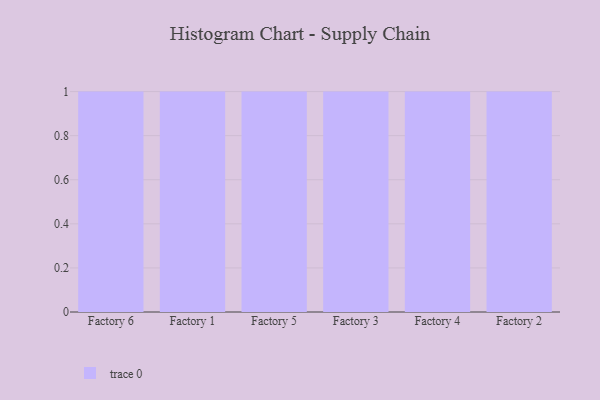
{"axis": {"x": "Factory", "y": "Market Share (%)"}, "legend": [""], "data": [{"x": "Factory 6", "y": 86, "type": ""}, {"x": "Factory 1", "y": 32, "type": ""}, {"x": "Factory 5", "y": 46, "type": ""}, {"x": "Factory 3", "y": 66, "type": ""}, {"x": "Factory 4", "y": 60, "type": ""}, {"x": "Factory 2", "y": 12, "type": ""}]}